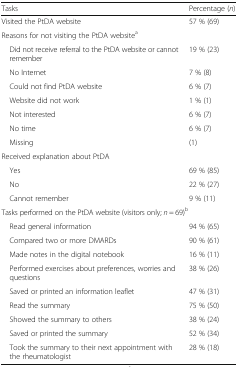
| Tasks | Percentage (n) |
 | --- | --- |
 | Visited the PtDA website | 57 % (69) |
 | <COLSPAN=2> Reasons for not visiting the PtDA websitea |
 | Did not receive referral to the PtDA website or cannot remember | 19 % (23) |
 | No Internet | 7 % (8) |
 | Could not find PtDA website | 6 % (7) |
 | Website did not work | 1 % (1) |
 | Not interested | 6 % (7) |
 | No time | 6 % (7) |
 | Missing | (1) |
 | <COLSPAN=2> Received explanation about PtDA |
 | Yes | 69 % (85) |
 | No | 22 % (27) |
 | Cannot remember | 9 % (11) |
 | <COLSPAN=2> Tasks performed on the PtDA website (visitors only; n = 69)b |
 | Read general information | 94 % (65) |
 | Compared two or more DMARDs | 90 % (61) |
 | Made notes in the digital notebook | 16 % (11) |
 | Performed exercises about preferences, worries and questions | 38 % (26) |
 | Saved or printed an information leaflet | 47 % (31) |
 | Read the summary | 75 % (50) |
 | Showed the summary to others | 38 % (24) |
 | Saved or printed the summary | 52 % (34) |
 | Took the summary to their next appointment with the rheumatologist | 28 % (18) |